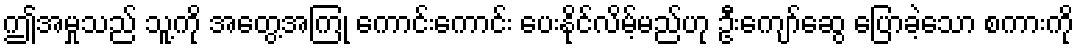
ဤအမှုသည် သူ့ကို အတွေ့အကြုံ ကောင်းကောင်း ပေးနိုင်လိမ့်မည်ဟု ဦးကျော်ဆွေ ပြောခဲ့သော စကားကို